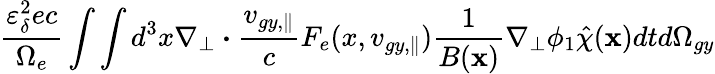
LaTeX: \frac{\varepsilon_{\delta}^{2}ec}{\Omega_{e}}\int\int d^{3}x\nabla_{\perp}\boldsymbol{\cdot}\frac{v_{gy,\parallel}}{c}F_{e}(x,v_{gy,\parallel})\frac{1}{B(\textbf{x})}\nabla_{\perp}\phi_{1}\hat{\chi}(\textbf{x})dtd\Omega_{gy}